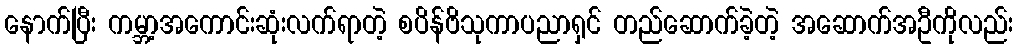
နောက်ပြီး ကမ္ဘာ့အကောင်းဆုံးလက်ရာတဲ့ စပိန်ဗိသုကာပညာရှင် တည်ဆောက်ခဲ့တဲ့ အဆောက်အဦကိုလည်း